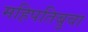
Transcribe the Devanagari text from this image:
महिपतिबुवा